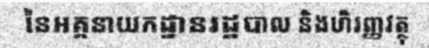
នៃអគ្គនាយកដ្ឋានរដ្ឋបាល និងហិរញ្ញវត្ថុ